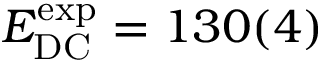
E _ { \mathrm { D C } } ^ { \mathrm { e x p } } = 1 3 0 ( 4 )